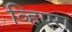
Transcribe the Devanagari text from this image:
व्हिएरा